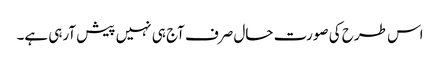
اس طرح کی صورت حال صرف آج ہی نہیں پیش آرہی ہے۔